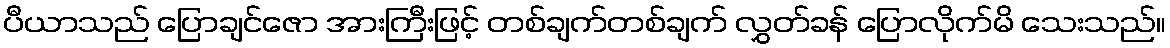
ပီယာသည် ပြောချင်ဇော အားကြီးဖြင့် တစ်ချက်တစ်ချက် လွှတ်ခန် ပြောလိုက်မိ သေးသည်။